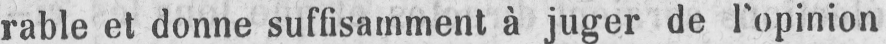
rable et donne suffisamment à juger de l’opinion